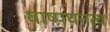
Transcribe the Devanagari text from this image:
वाष्पघनत्व